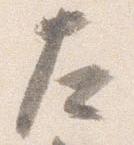
左